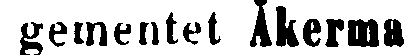
gementet Äkerma